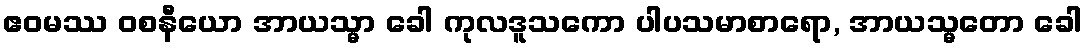
ဧဝမဿ ဝစနီယော အာယသ္မာ ခေါ ကုလဒူသကော ပါပသမာစာရော, အာယသ္မတော ခေါ